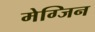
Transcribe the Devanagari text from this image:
मेग्जिन